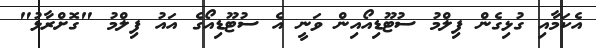
އެކަމާއި ގުޅިގެން ފިލްމު ސުޓޫޑިއޯއިން ވަނީ އެ ސުޓޫޑިއޯގެ އައު ފިލްމު "ގޮށްރާޅު"